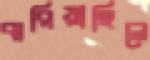
ঝরিয়াছিলে